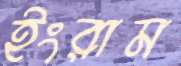
ইংরাম